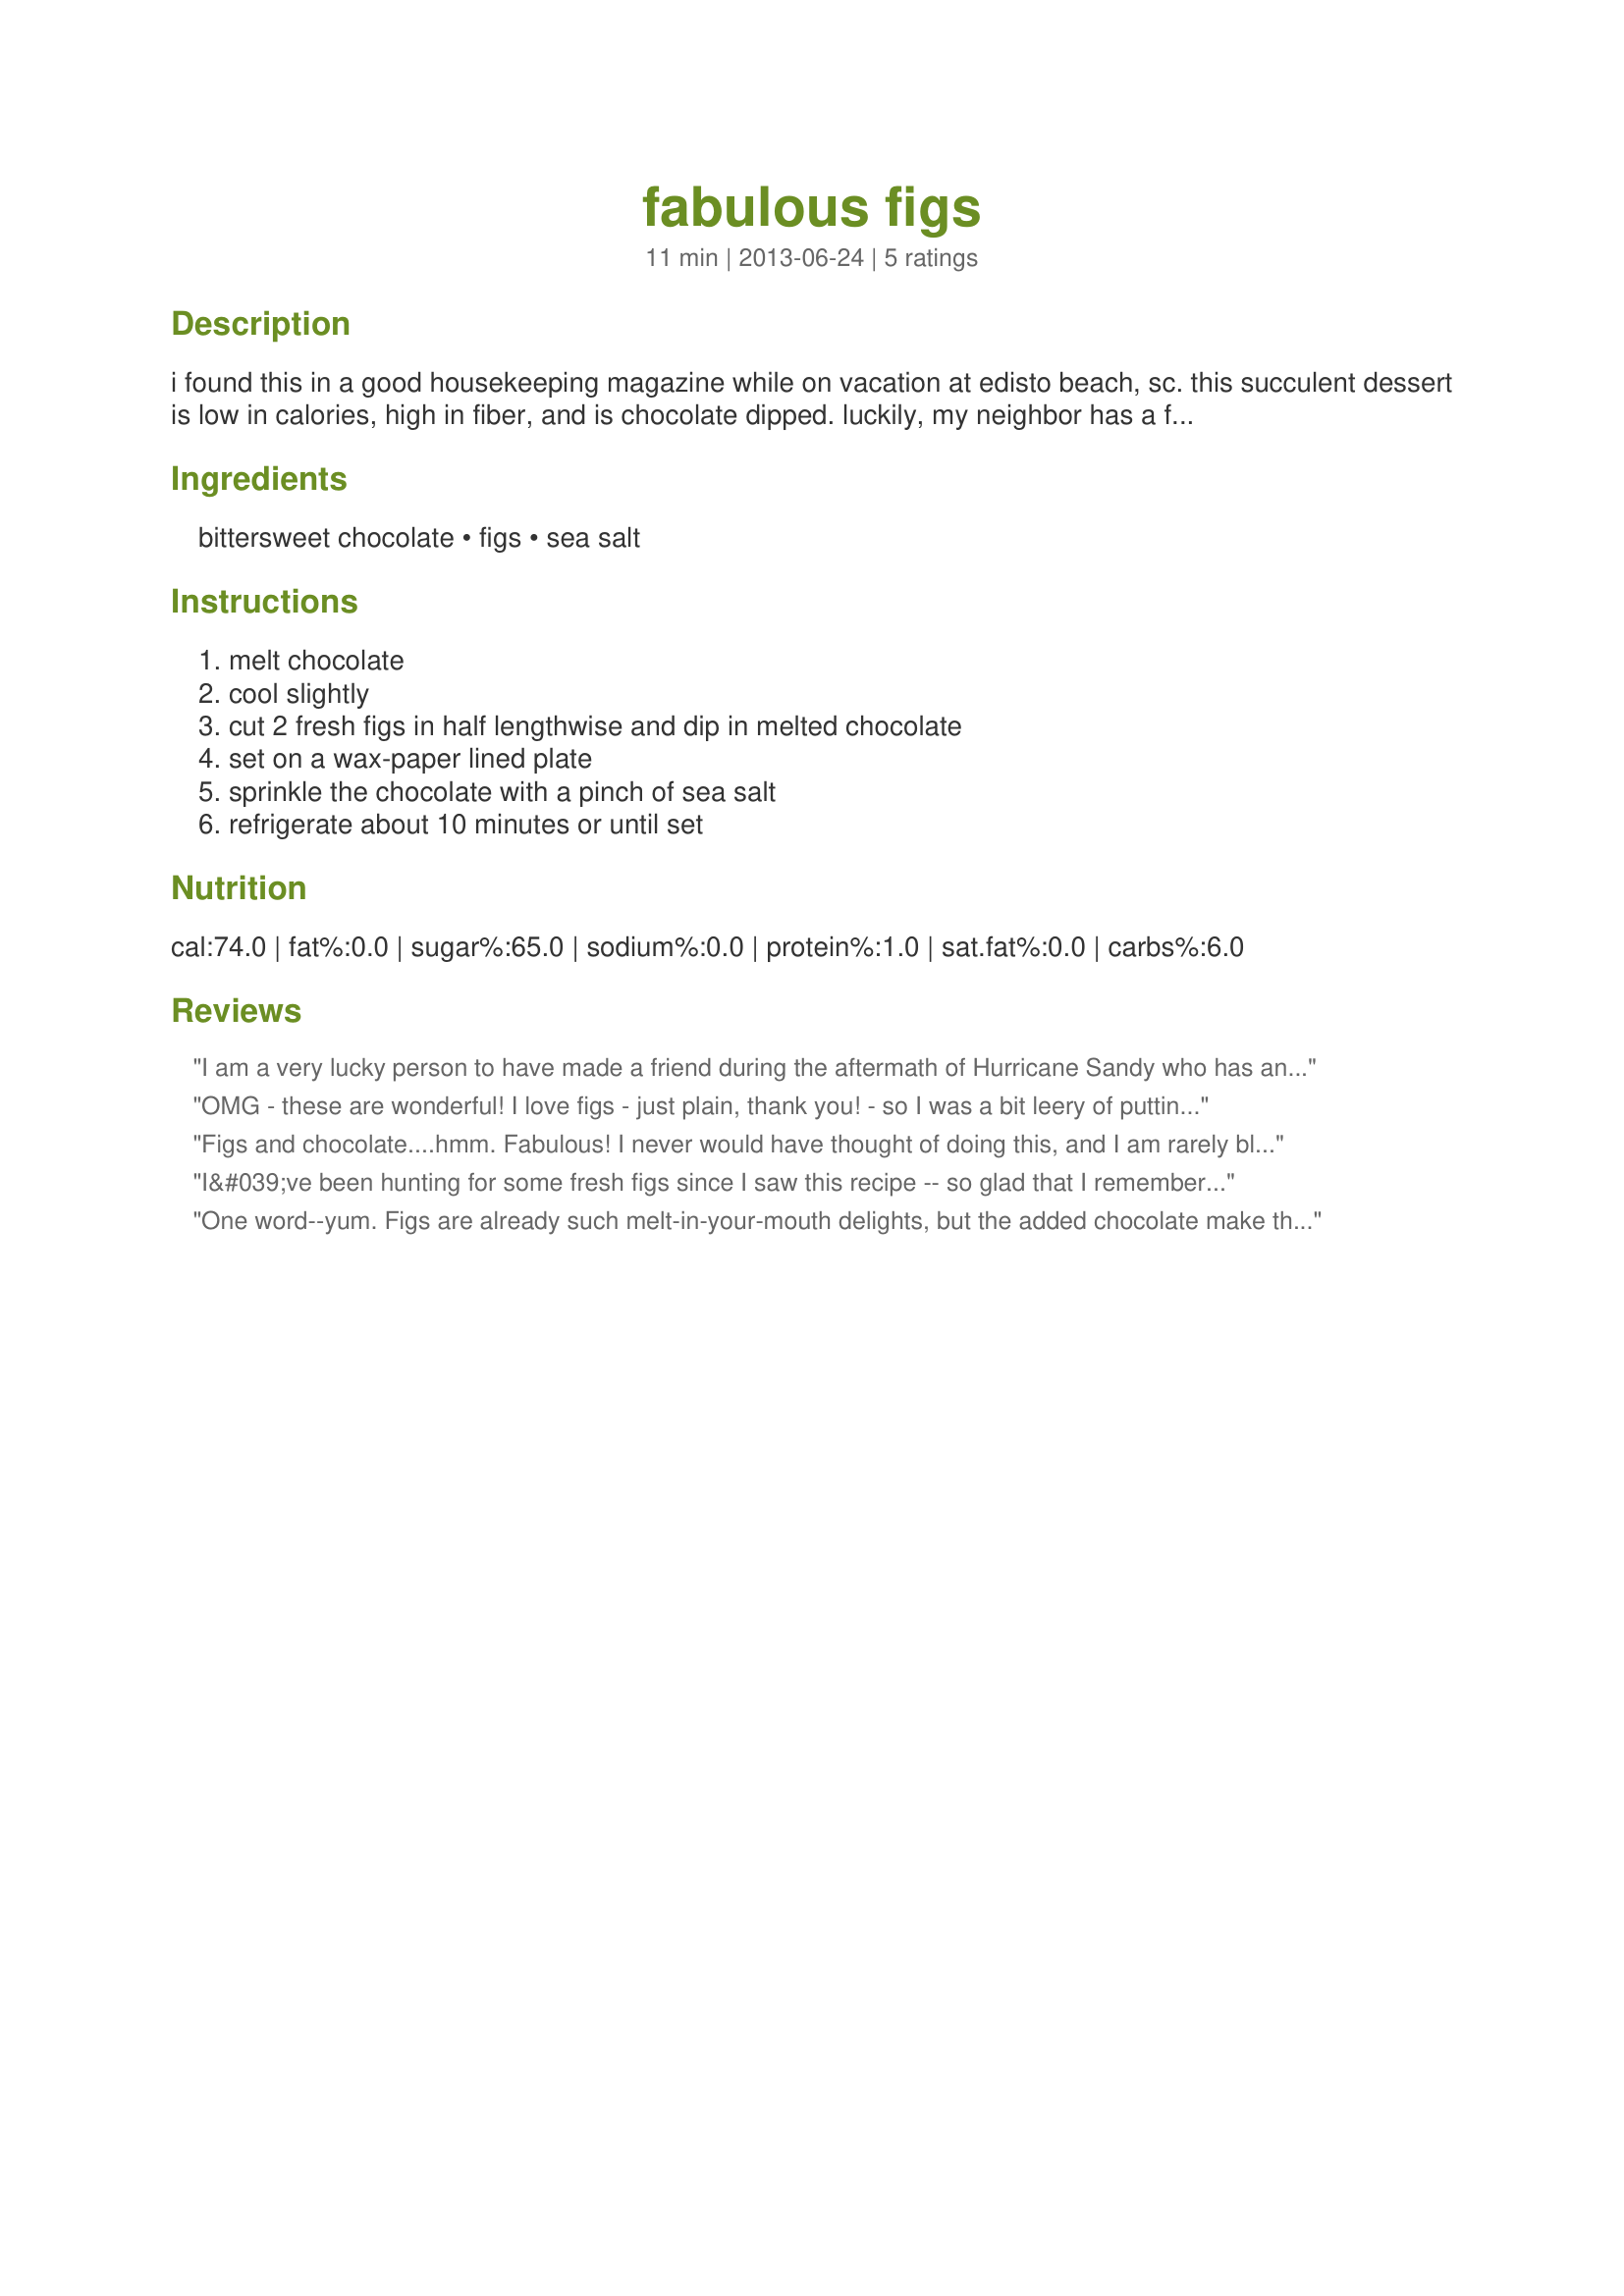
fabulous figs
Preparation time: 11 minutes

i found this in a good housekeeping magazine while on vacation at edisto beach, sc. this succulent dessert is low in calories, high in fiber, and is chocolate dipped. luckily, my neighbor has a fig tree.

Ingredients:
bittersweet chocolate, figs, sea salt

Steps:
melt chocolate, cool slightly, cut 2 fresh figs in half lengthwise and dip in melted chocolate, set on a wax-paper lined plate, sprinkle the chocolate with a pinch of sea salt, refrigerate about 10 minutes or until set

Reviews:
I am a very lucky person to have made a friend during the aftermath of Hurricane Sandy who has an abundant FIG TREE!! He brought me some today. Some I ate right away, several were used in the recipe, and the rest will be eaten tomorrow. This is positively DIVINE! I used 1 bar of Ghirardelli 60% cacao dark chocolate. I dipped until the chocolate was almost gone &amp; getting gloppy. I didn&#039;t refrigerate long enough but I couldn&#039;t wait any longer. Made for ZWT9 Zingo, Mike &amp; the Appliance Killers. Thank you!
OMG - these are wonderful! I love figs - just plain, thank you! - so I was a bit leery of putting anything on them. But the chocolate and sea salt put these over the top. I managed to snag just one that looked a bit messy, but the rest disappeared from the plate while I was still dipping. So, the pic will have to wait until I have another basket of figs and some &quot;alone-time&quot;. LOL - more for me! Thanks for posting what will undoubtedly be my new obsession!!! Made for ZWT9 - team Gourmet Goddesses.
Figs and chocolate....hmm. Fabulous! I never would have thought of doing this, and I am rarely blessed with figs from my tree because the birds usually get them first! But I managed to snag 3 little ones the birds had missed. The sea salt makes this really happen! Thanks for posting this sweet idea, Miss Fannie. I will use it whenever I am lucky enough to get my share of the figs! ZWT9
I&#039;ve been hunting for some fresh figs since I saw this recipe -- so glad that I remembered that I was looking for them, lol! I had a package of 8 figs, so I just tossed a bunch of Scharffen-Berger bittersweet squares in the chocolate pot. These are good with just the chocolate on them, but the sea salt is crucial if you want them to be truly fabulous. Such decadent little morsels, thanks for posting! Made for The Hot Pink Panthers for ZWT9 Family Picks
One word--yum. Figs are already such melt-in-your-mouth delights, but the added chocolate make these gems feel downright indulgent! The sea salt is absolutely vital; I tried one with and one without and the salt really takes these over the top. My 5 year old also thought these were great and even chose these instead of ice cream for his after dinner treat! Made for ZWT 9, Gourmet Goddesses.
